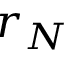
r _ { N }